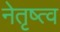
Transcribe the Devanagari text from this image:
नेतृष्त्व